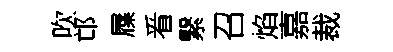
吹邙屧㸔繄召焰嘉裁